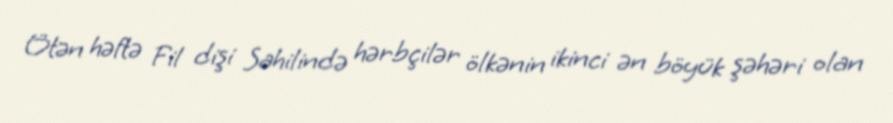
Ötən həftə Fil dişi Sahilində hərbçilər ölkənin ikinci ən böyük şəhəri olan